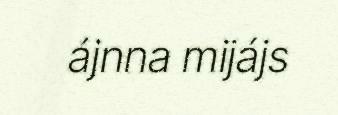
ájnna mijájs